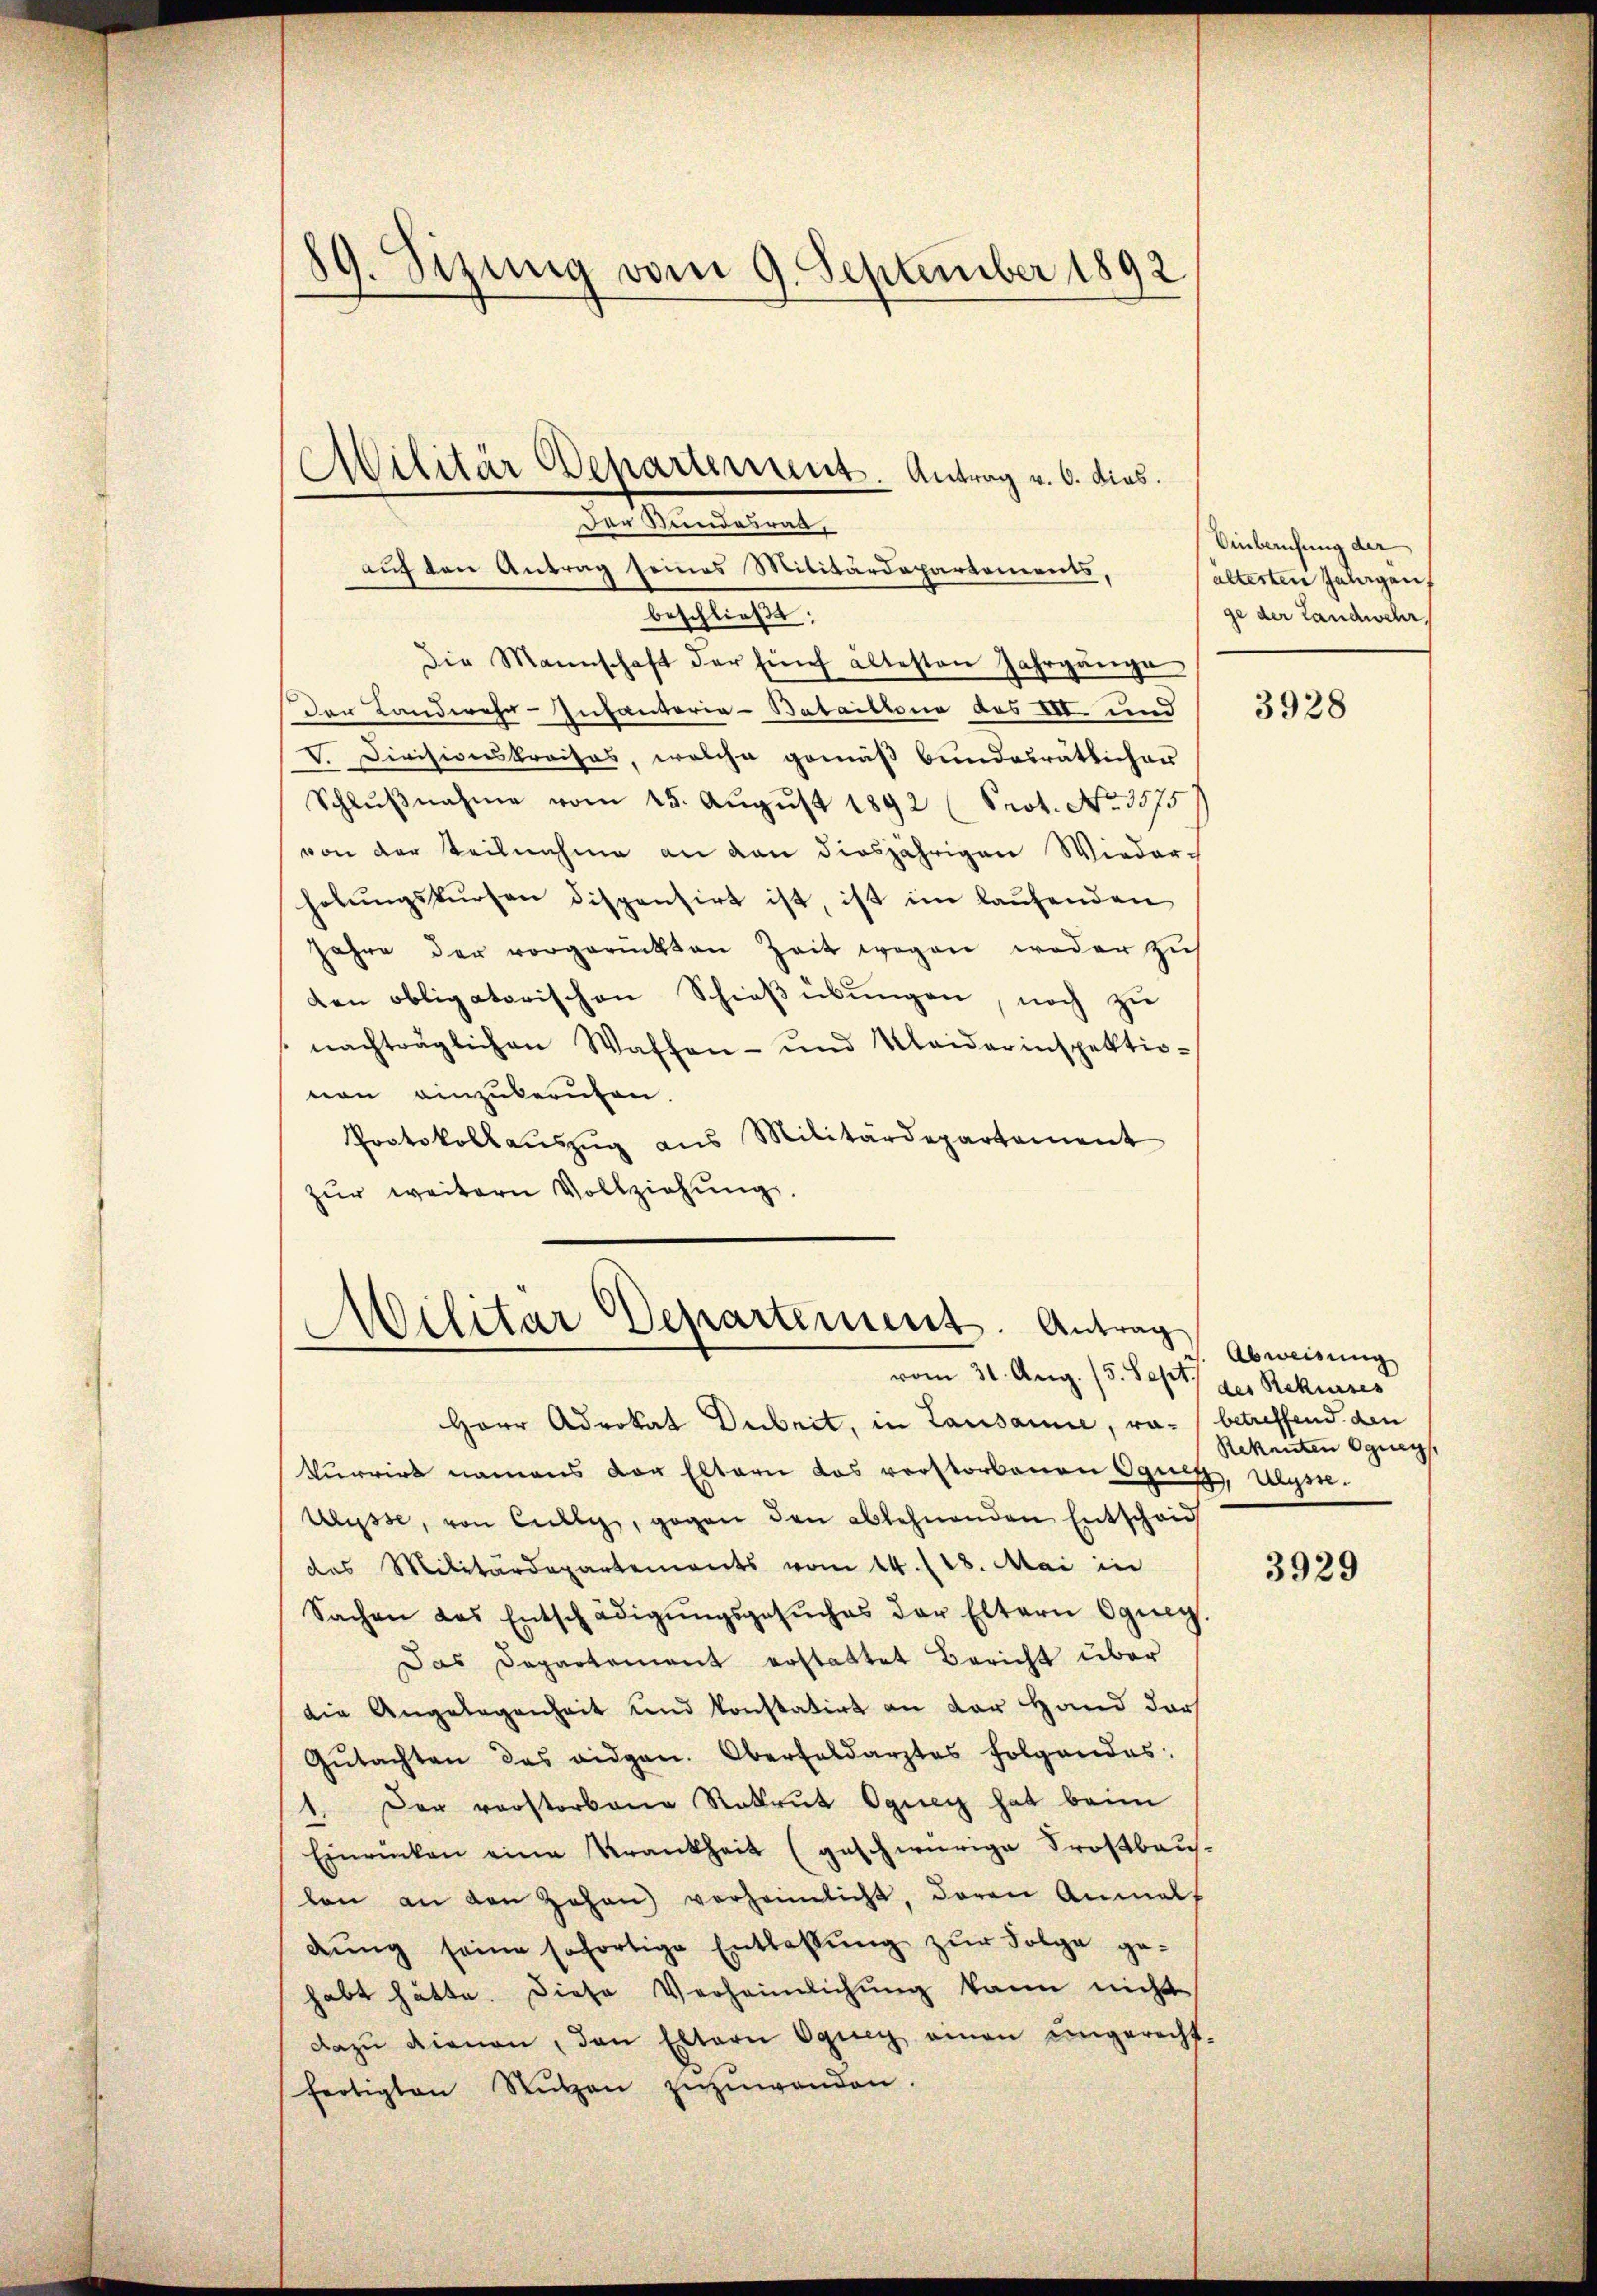
89. Sizung vom 9. September 1892

auf den Antrag seines Militärdepartements,
beschließt:
Die Mannschaft der Eine ältesten Jahrgänge
Der Landwehr-Infantaria-Bataillona des III. und
V. Divisionskraisas, welche gemäß bundesrätlicher
Schlŭβnahme vom 25. August 1892 (Prot. No. 3575
von der Teilnahme an den diesjährigen Wieder-
holŭngskursen dispensirt ist, ist im laŭfenden
Jahre der vorgerückten Zeit wegen weder zus
den obligatorischen Schieβübŭngen, noch zu
nachträglichen Waffen- und Kleiderinspektio-
nen einzuberufen.
Protokollaŭszŭg aŭs Militärdepartement
zŭr weitern Vollziehŭng.

Militär Departement. Antrag v. 6. dies.
Das Stundesrat,

Militär Departement. Antrag
vom 31. Aug. 15. Sept. des Rekurses

Herr Advokat Dubrit, in Lausanne, ra- betreffend den
Vurrirt namens der Eltern das verstorbenen Ognen Ungen.
Ulysse, von Cilly, gegen den ablehnenden Entscheid
das Militärdepartements vom 14. 18. Mai in
Sachen das Entschädigŭngsgesŭches der Eltern ging.
Das Departement erstattet Bericht über
die Angelegenheit und konstatirt an der Hand darf
Gŭtachten das eidgen. Oberfeldarztes folgendes:
1. Der vorstorbene Rekrut Oquer hat beim
Einrücken eine Krankheit (geschwürige Trostbaulen an den Johan verheimlicht, daran Anmal
dŭng seine sofortige Entlassung zur Folge gehabt hätte. Diese Verheimlichung kann nicht
dazu dienen, den Eltern Ogney einen ungerecht-
fertigten Rŭtzen zuzuwenden.

Einberufung der
altesten Jahurgauf
ge der Landwehr,

3928

Abweisung
Rekenten Ogueg

3929